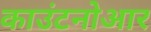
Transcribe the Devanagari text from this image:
काउंटनोआर